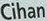
Cihan